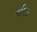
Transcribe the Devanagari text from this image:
बयिद